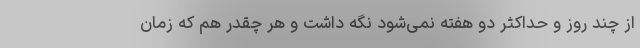
از چند روز و حداکثر دو هفته نمی‌شود نگه داشت و هر چقدر هم که زمان